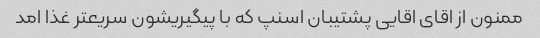
ممنون از اقای اقایی پشتیبان اسنپ که با پیگیریشون سریعتر غذا امد